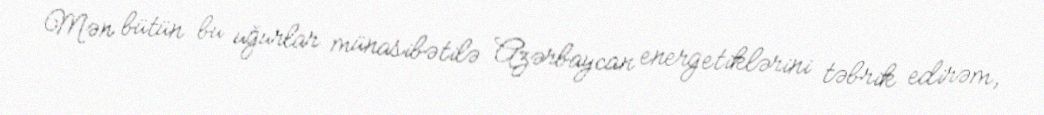
Mən bütün bu uğurlar münasibətilə Azərbaycan energetiklərini təbrik edirəm,